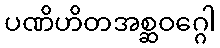
ပဏိဟိတအစ္ဆဝဂ္ဂေါ